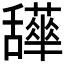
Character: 𦧹